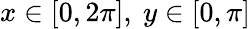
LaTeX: x\in[0,2\pi],\ y\in[0,\pi]